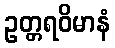
ဥတ္တရဝိမာနံ